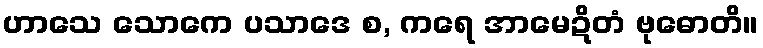
ဟာသေ သောကေ ပသာဒေ စ, ကရေ အာမေဍိတံ ဗုဓောတိ။